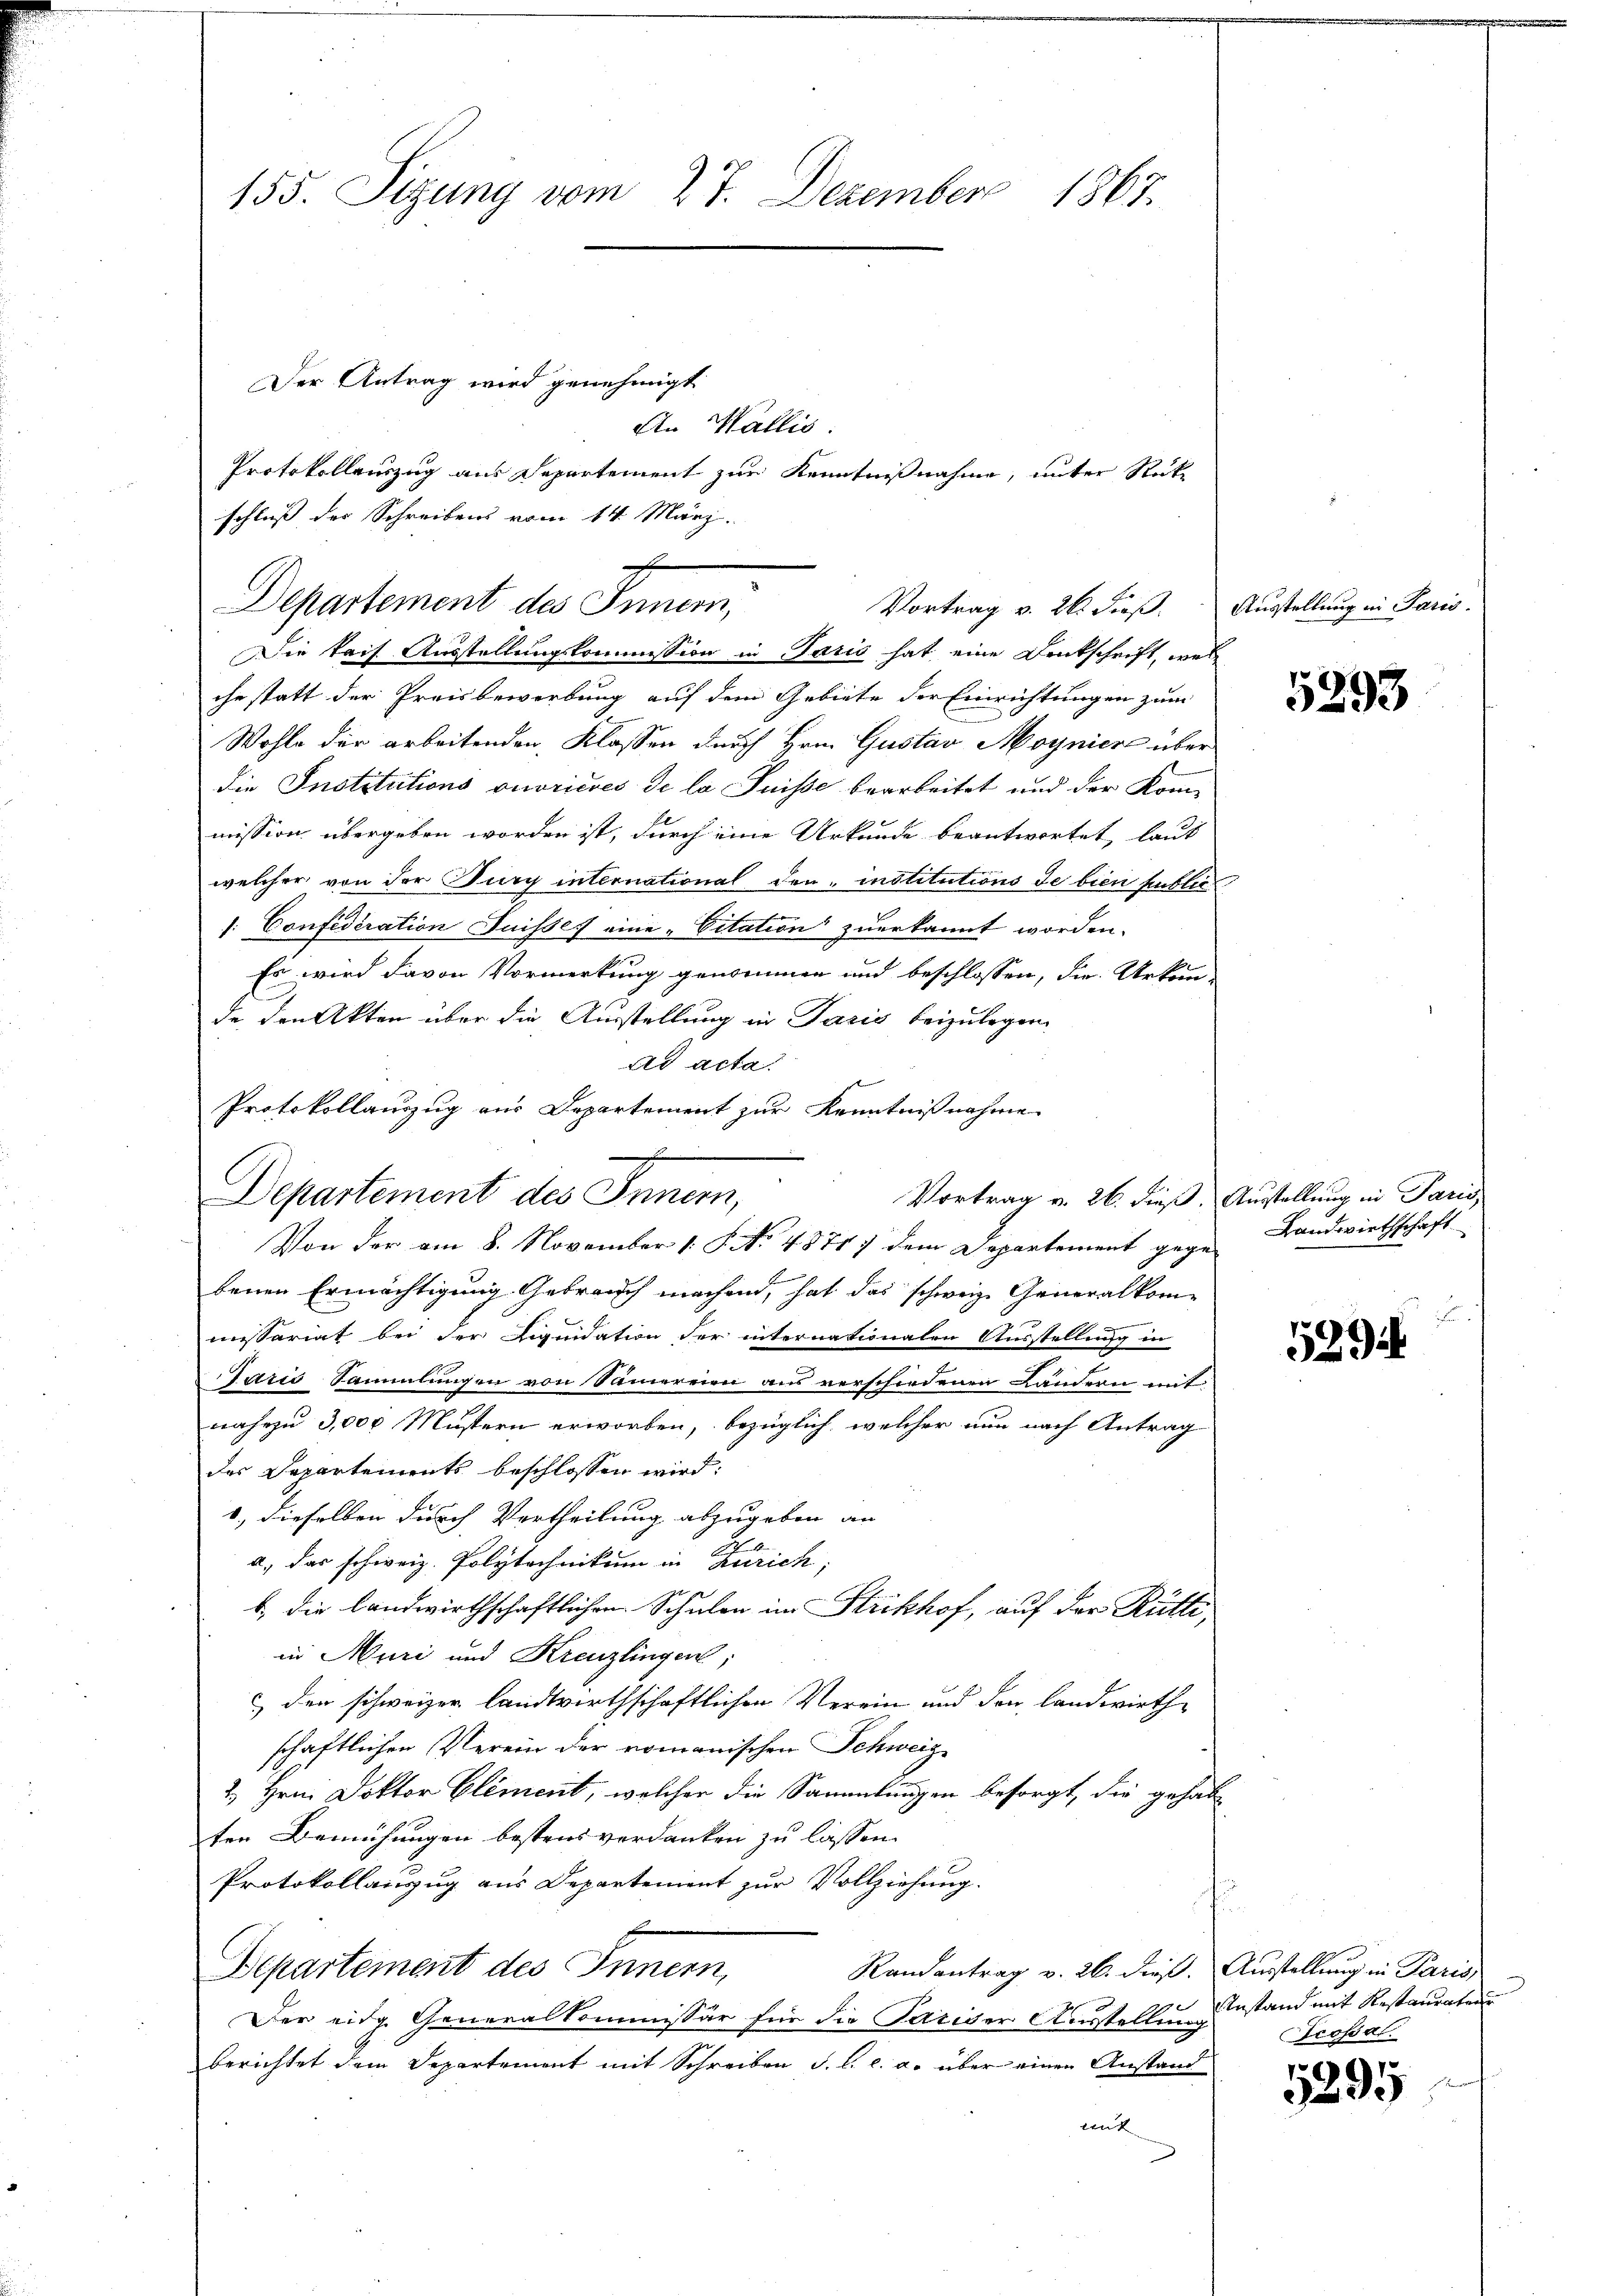
155. Sizung vom 27. Dezember 1867.

Die kais. Ausstellungskommission in Paris hat eine Denkschrift, welche statt der Preisbewerbung auf dem Gebiete der Einrichtungen zum
Wohle der arbeitenden Klassen durch Hrn. Gustav Moynier über
die Institutions ouvricres de la Suisse bearbeitet und der Kom-
mission übergeben worden ist, durch eine Urkunde beantwortet, laut
welcher von der Jury international den institutions de bien publich
: Confideration Suisses eine „Citation zuerkannt worden.
Es wird davon Vormerkung genommen und beschlossen, die Urkom-
de, den Akten über die Ausstellung in Paris beizulegen.
Ad acta.
Protokollauszug aus Departement zur Kenntnißnahme

An Wallis.
Protokollauszug aus Departement zur Kenntnißnahme, unter Rückschluß der Schreibens vom 14. März

Der Antrag wird genehmigt.

Departement des Innern,
Vortrag v. 26. dieß. Ausstellung in Paris.

Vortrag v. 26. dieß. Ausstellung in Paris,
Departement des Innern,

Von der am 8. November 1 S. No. 48717 dem Departement gege-
benen Ermächtigung Gebrauch machend, hat das schweiz. Generalkommissariat bei der Liquidation der internationalen Ausstellung in
Lazić Sammlungen von Sammereien aus verschiedenen Ländern mit
nahezu 3,000 Müstern erworben, bezüglich, welcher nun nach Antrag
des Departements beschlossen wird:
1., dieselben durch Vertheilung abzugeben an
a. das schweiz. Polytechnikum in Zürich;
b. die landwirthschaftlichen Schulen im Strikhof, auf der Rütti,
in Muri und Kreuzlingen;
 den schweizer landwirthschaftlichen Verein und den Landwirthschaftlichen Verein der romanischen Schweize
2. Hrn. Doktor Element, welcher die Sammlungen besorgt, die gehabt
ten Bemühungen bestens verdanken zu lassen.
Protokollanzug aus Departement zur Vollziehung.
e
Departement des Innern,
Randantrag v. 26. dieß. Ausstellung in Paris,
Der eidg. Generalkommissär für die Pariser Ausstellung
berichtet dem Departement mit Schreiben S. b. c. a. über einen Anstand
mnt

5293

Landwirthschaft

529

3 Anstand mit Restauraten
Grossal.

¬
212